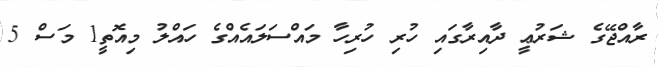
ރާއްޖޭގެ ޝަރުޢީ ދާއިރާގައި ހުރި ހުރިހާ މައްސަލައެއްގެ ހައްލު މިއޮތީ1 މަސް 5